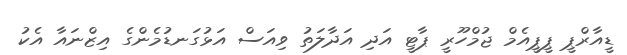
ޑީއާރްޕީ ޕީޕީއެމް ޖުމްހޫރީ ޕާޓީ އަދި އަދާލަތު ވިއަސް އަޅުގަނޑުމެންގެ އިޒްނައާ އެކު